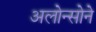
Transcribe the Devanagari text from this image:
अलोन्सोने